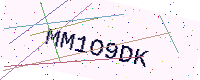
Text: MM1O9DK